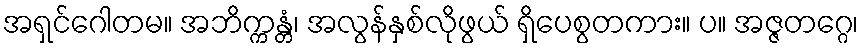
အရှင်ဂေါတမ။ အဘိက္ကန္တံ၊ အလွန်နှစ်လိုဖွယ် ရှိပေစွတကား။ ပ။ အဇ္ဇတဂ္ဂေ၊